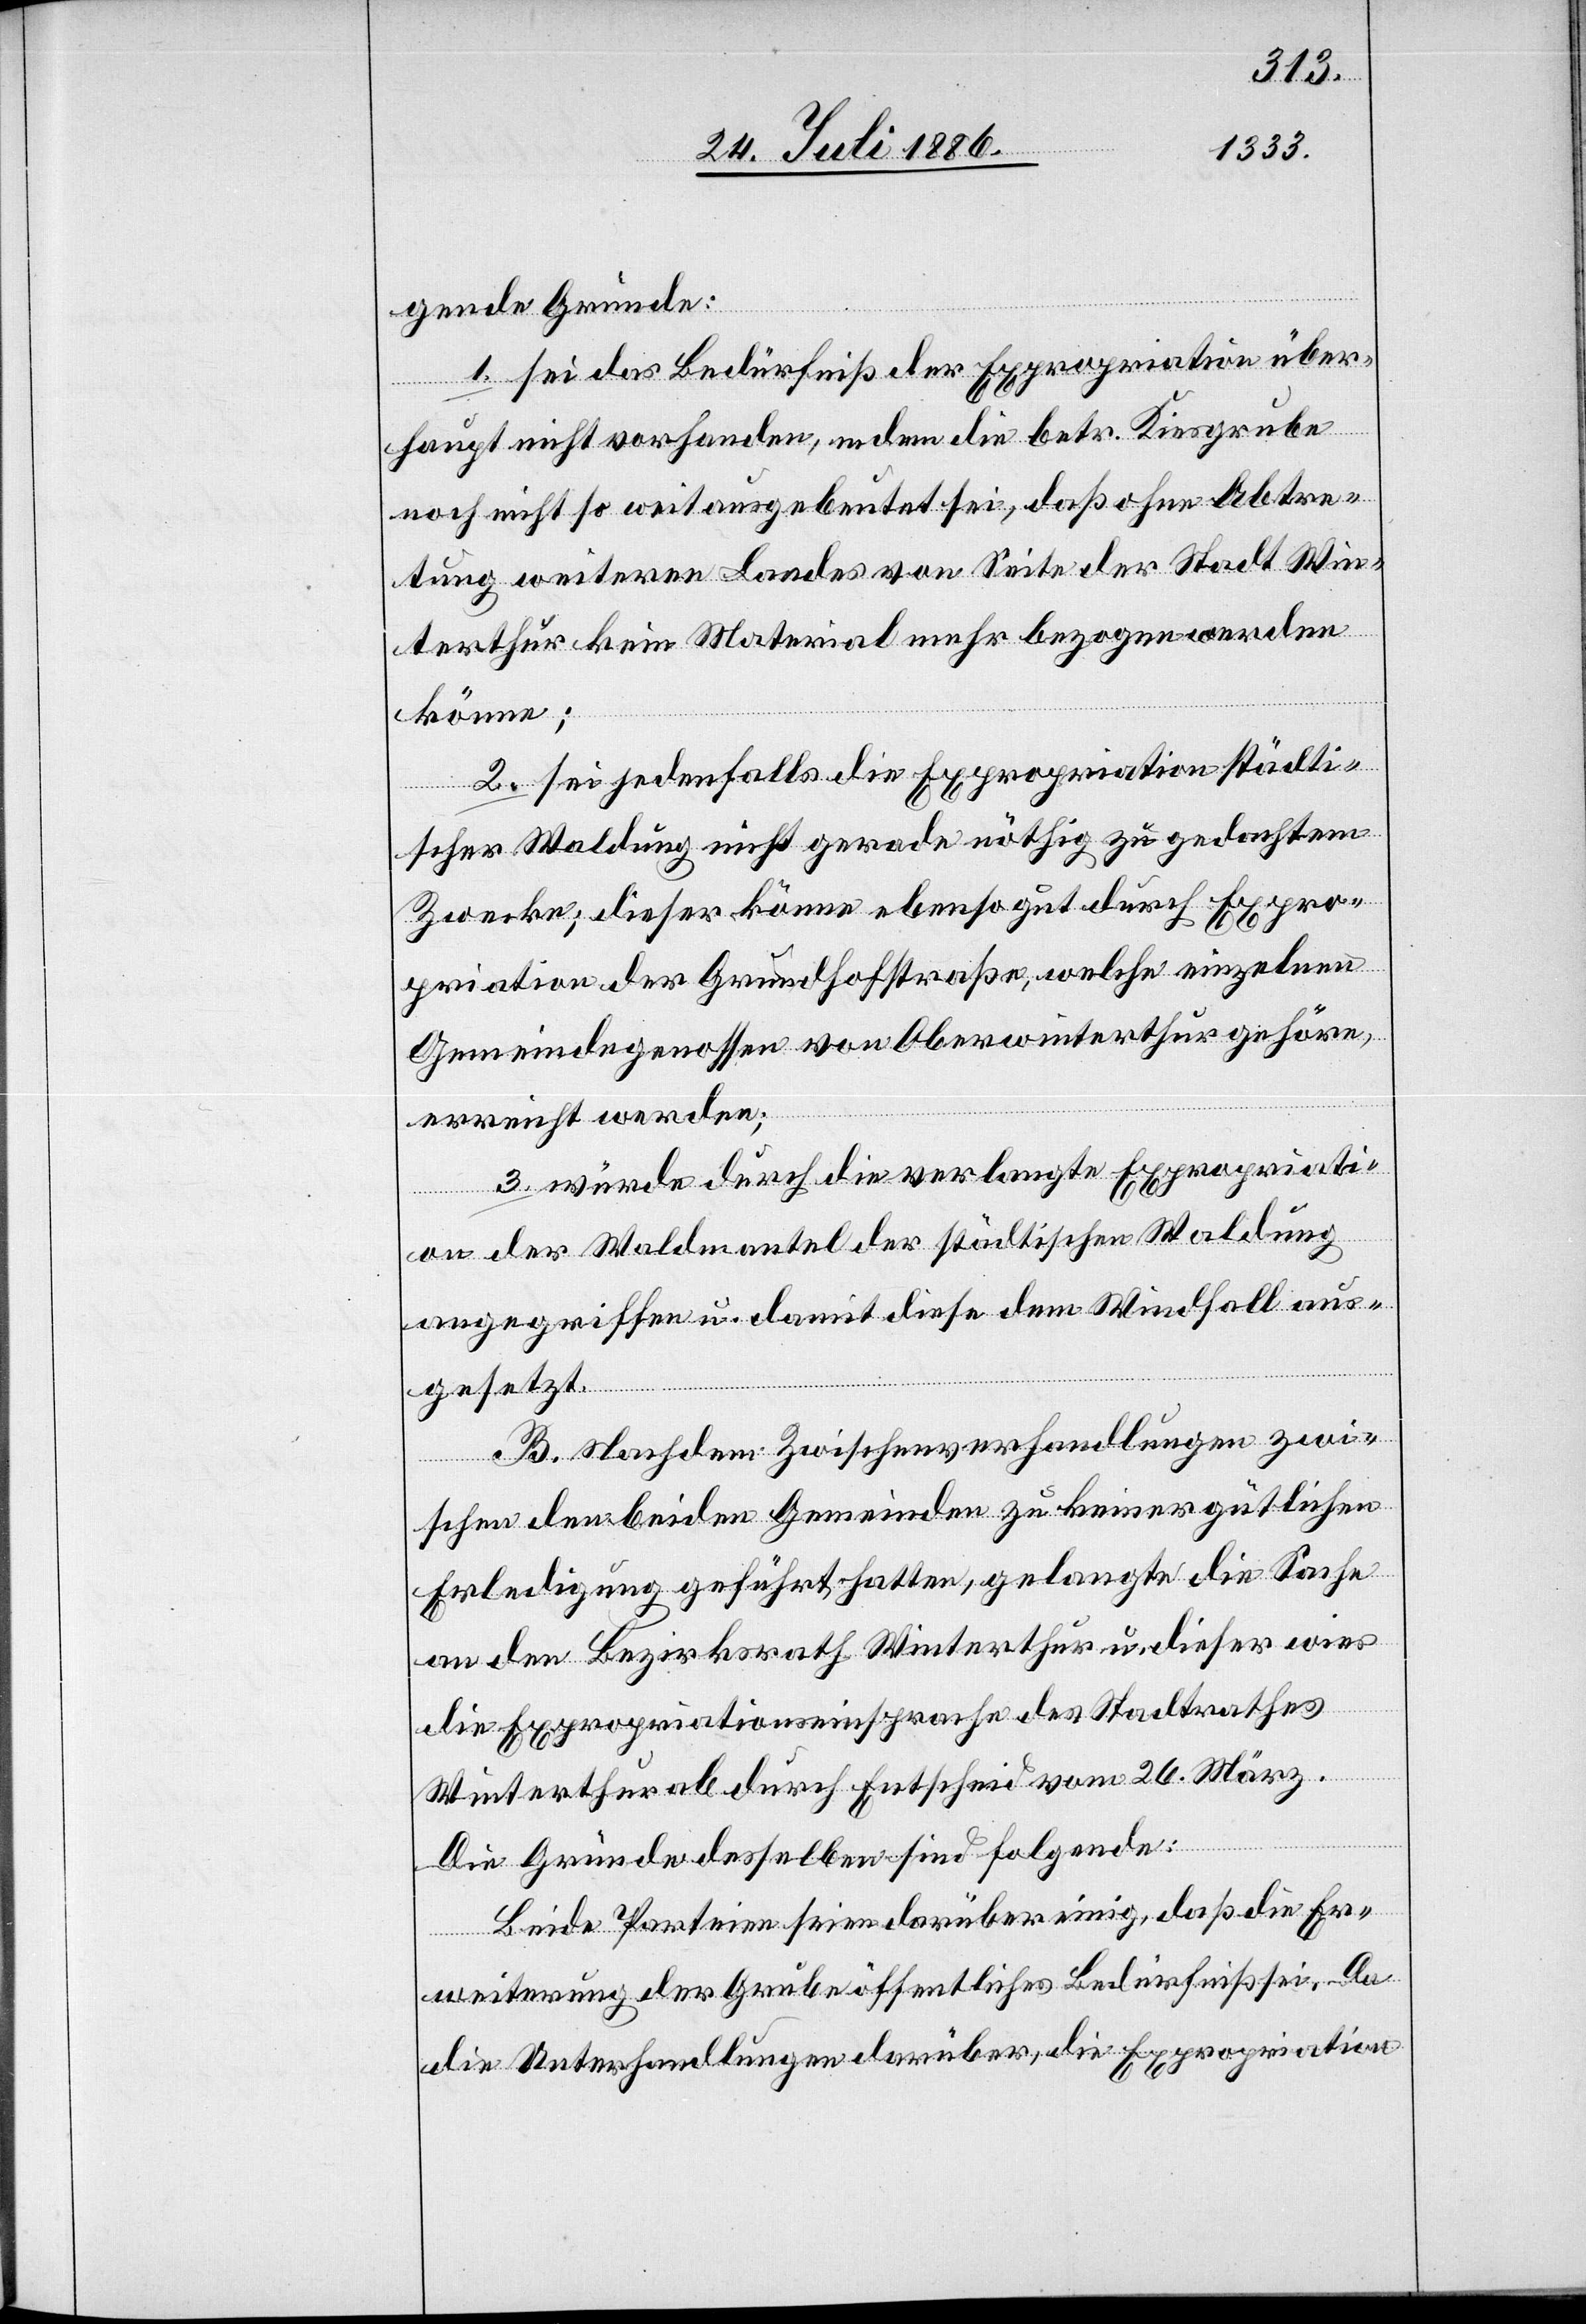
gende Gründe:
1. sei das Bedürfniß der Expropriation über¬
haupt nicht vorhanden, indem die betr. Kiesgrube
noch nicht so weit ausgebeutet sei, daß ohne Abtre¬
tung weiteren Landes von Seite der Stadt Win¬
terthur kein Material mehr bezogen werden
könne;
2. sei jedenfalls die Expropriation städti¬
scher Waldung nicht gerade nöthig zu gedachtem
Zwecke; dieser könne ebenso gut durch Expro¬
priation der Grundhofstraße, welche einzelnen
Gemeindegenossen von Oberwinterthur gehöre,
erreicht werden;
3. würde durch verlangte Expropriati¬
on der Waldmantel der städtischen Waldung
angegriffen u. damit diese dem Windfall aus¬
gesetzt.
B. Nachdem Zwischenverhandlungen zwi¬
schen den beiden Gemeinden zu keiner gütlichen
Erledigung geführt hatten, gelangte die Sache
an den Bezirksrath Winterthur u. dieser wies
die Expropriationseinsprache des Stadtrathes
Winterthur ab durch Entscheid vom 26. März.
Die Gründe desselben sind folgende:
Beide Parteien seien darüber einig, daß die Er¬
weiterung der Grube öffentliches Bedürfniß sei. Da
die Unterhandlungen darüber, die Expropriation